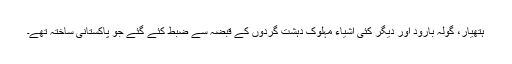
ہتھیار، گولہ بارود اور دیگر کئی اشیاء مہلوک دہشت گردوں کے قبضہ سے ضبط کئے گئے جو پاکستانی ساختہ تھے۔